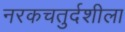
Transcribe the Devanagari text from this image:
नरकचतुर्दशीला